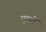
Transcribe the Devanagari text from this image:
मुद्द्यों